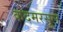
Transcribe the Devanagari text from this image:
कदमरसूल